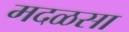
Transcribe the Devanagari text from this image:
मदळसा